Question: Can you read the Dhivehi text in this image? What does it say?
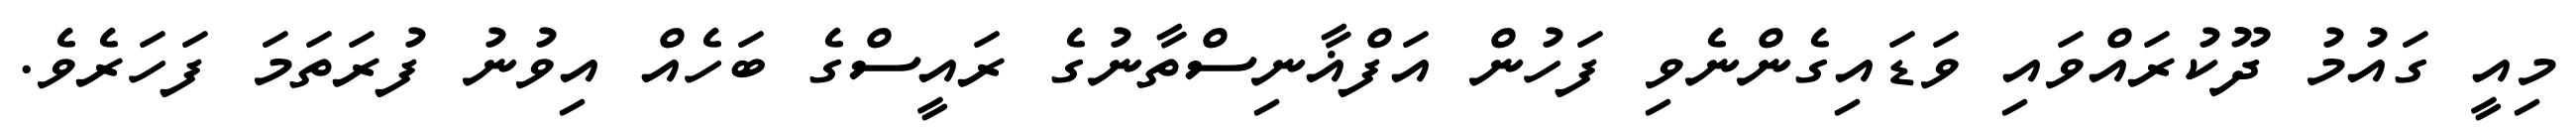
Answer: މިއީ ގައުމު ދޫކުރައްވައި ވަޑައިގެންނެވި ފަހުން އަފްޣާނިސްތާނުގެ ރައީސްގެ ބަހެއް އިވުނު ފުރަތަމަ ފަހަރެވެ.